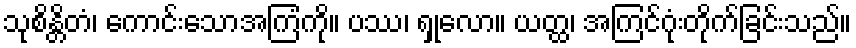
သုစိန္တိတံ၊ ကောင်းသောအကြံကို။ ပဿ၊ ရှုလော။ ယတ္ထ၊ အကြင်ဂုံးတိုက်ခြင်းသည်။